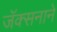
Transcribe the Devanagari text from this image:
जॅक्सनाने